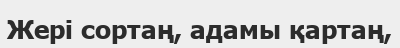
Жері сортаң, адамы қартаң,